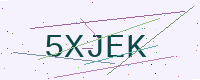
Text: 5XJEK